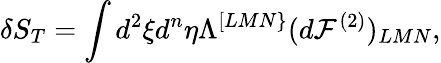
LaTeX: \delta S_{T}=\int d^{2}\xi d^{n}\eta\Lambda^{[LMN\} }(d{\cal F}^{(2)})_{LMN},